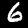
Digit: 6